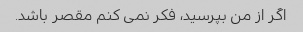
اگر از من بپرسید، فکر نمی کنم مقصر باشد.